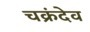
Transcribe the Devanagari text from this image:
चक्रंदेव